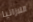
اللازانيا